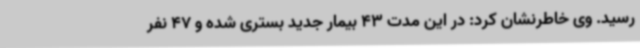
رسید. وی خاطرنشان کرد: در این مدت 43 بیمار جدید بستری شده و 47 نفر